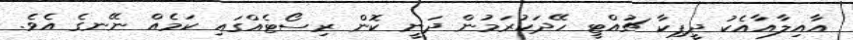
އާއިލާއާއެކު ދީޕިކާ ޗުއްޓީ ހޭދަކުރަމުން ދަނީ ކޮން ރިސޯޓެއްގައި ކަމެއް ނޭނގެ އެވެ.